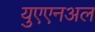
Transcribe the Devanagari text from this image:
युएएनअल